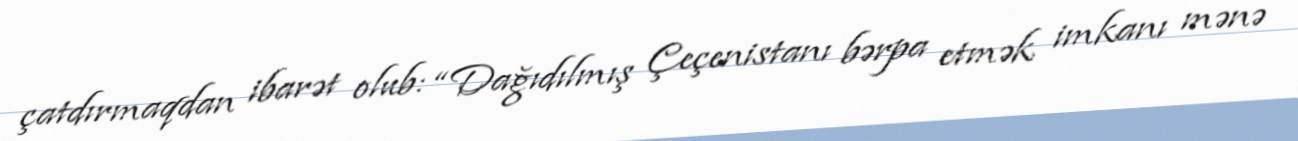
çatdırmaqdan ibarət olub: “Dağıdılmış Çeçenistanı bərpa etmək imkanı mənə